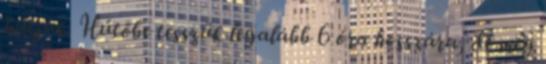
hűtjük. Hűtőbe tesszük legalább 6 óra hosszára, de még